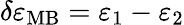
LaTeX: \delta\varepsilon_{\mathrm{MB}}=\varepsilon_{1}-\varepsilon_{2}